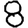
Digit: 8